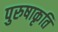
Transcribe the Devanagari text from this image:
पुरुषाकृति